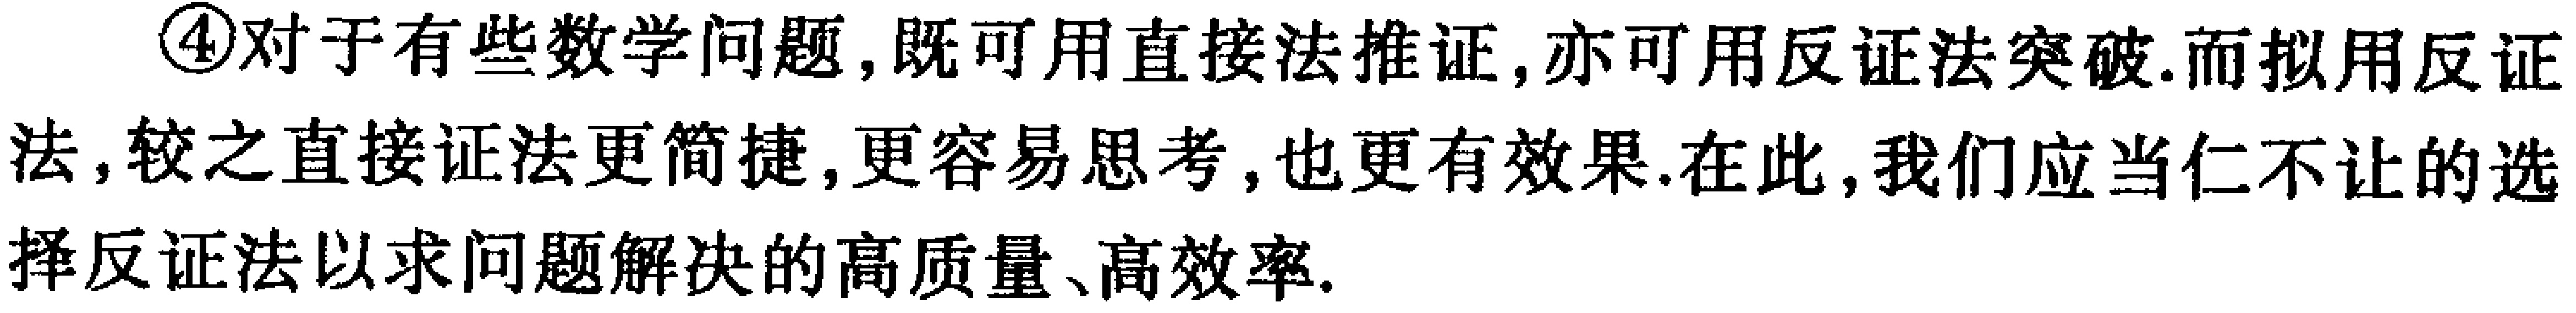
\textcircled{4}对于有些数学问题,既可用直接法推证,亦可用反证法突破.而拟用反证法,较之直接证法更简捷,更容易思考,也更有效果.在此,我们应当仁不让的选择反证法以求问题解决的高质量、高效率.